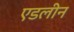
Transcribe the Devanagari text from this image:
एडलीन